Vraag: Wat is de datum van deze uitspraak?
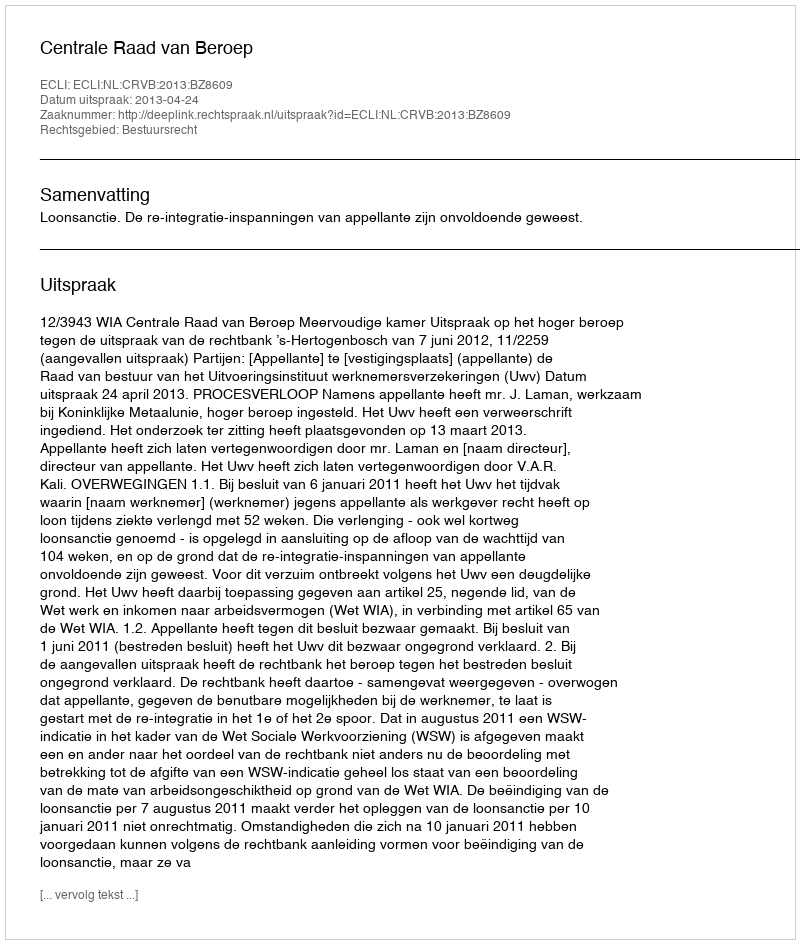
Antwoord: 2013-04-24